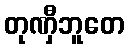
တုဏှီဘူတေ